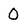
Character: O